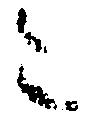
令